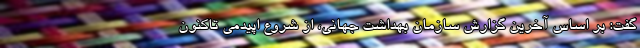
گفت: بر اساس آخرین گزارش سازمان بهداشت جهانی، از شروع اپیدمی تاکنون